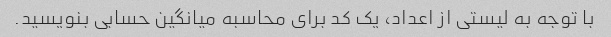
با توجه به لیستی از اعداد، یک کد برای محاسبه میانگین حسابی بنویسید.